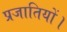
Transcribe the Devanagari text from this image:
प्रजातियों।